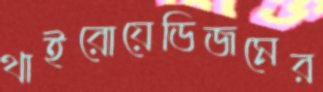
থাইরোয়েডিজমের